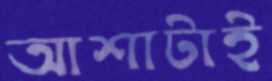
আশাটাই